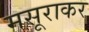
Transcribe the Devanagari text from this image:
मसूराकर